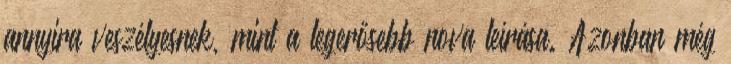
annyira veszélyesnek, mint a legerősebb nova leírása. Azonban még